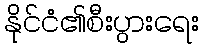
နိုင်ငံ၏စီးပွားရေး